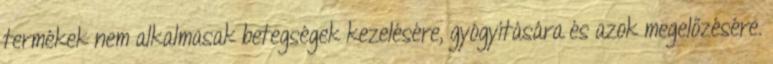
termékek nem alkalmasak betegségek kezelésére, gyógyítására és azok megelőzésére.